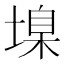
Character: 㙞